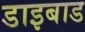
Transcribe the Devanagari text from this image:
डाइबाड